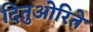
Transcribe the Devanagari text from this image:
दितुओरिते